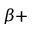
\beta +